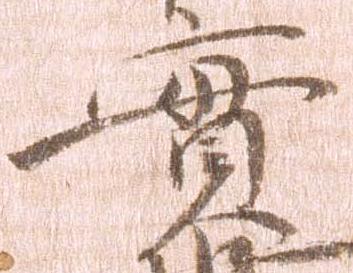
実